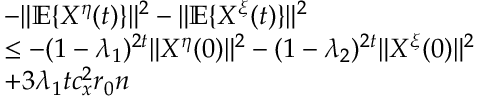
\begin{array} { r l } & { - \| \mathbb { E } \{ X ^ { \eta } ( t ) \} \| ^ { 2 } - \| \mathbb { E } \{ X ^ { \xi } ( t ) \} \| ^ { 2 } } \\ & { \le - ( 1 - \lambda _ { 1 } ) ^ { 2 t } \| X ^ { \eta } ( 0 ) \| ^ { 2 } - ( 1 - \lambda _ { 2 } ) ^ { 2 t } \| X ^ { \xi } ( 0 ) \| ^ { 2 } } \\ & { + 3 \lambda _ { 1 } t c _ { x } ^ { 2 } r _ { 0 } n } \end{array}